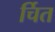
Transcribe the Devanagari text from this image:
र्चित